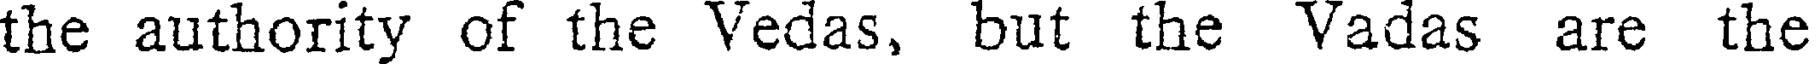
the authority of the Vedas, but the Vadas are the